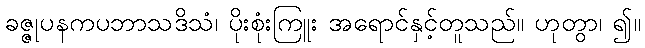
ခဇ္ဇုပနကပဘာသဒိသံ၊ ပိုးစုံးကြူး အရောင်နှင့်တူသည်။ ဟုတွာ၊ ၍။